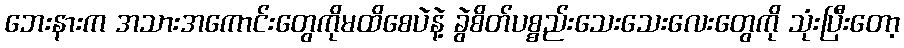
ဘေးနားက အသားအကောင်းတွေကိုမထိစေပဲနဲ့ ခွဲစိတ်ပစ္စည်းသေးသေးလေးတွေကို သုံးပြီးတော့